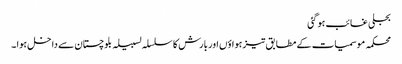
بجلی غائب ہو گئی
محکمہ موسمیات کے مطابق تیز ہواؤں اور بارش کا سلسلہ لسبیلہ بلوچستان سے داخل ہوا ۔